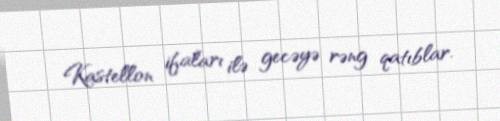
Kastellon ifaları ilə gecəyə rəng qatıblar.